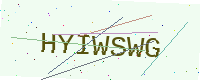
Text: HYIWSWG